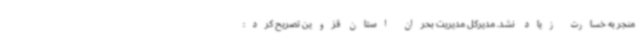
منجر به خسارت زیاد نشد. مدیرکل مدیریت بحران استان قزوین تصریح کرد: